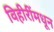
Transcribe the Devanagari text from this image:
विहीरींमधून